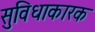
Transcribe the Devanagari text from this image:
सुविधाकारक